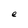
Character: e